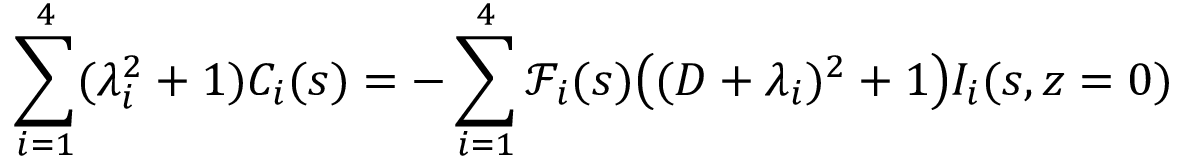
\sum _ { i = 1 } ^ { 4 } ( \lambda _ { i } ^ { 2 } + 1 ) C _ { i } ( s ) = - \sum _ { i = 1 } ^ { 4 } \mathscr { F } _ { i } ( s ) \big ( ( D + \lambda _ { i } ) ^ { 2 } + 1 \big ) I _ { i } ( s , z = 0 )